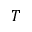
T